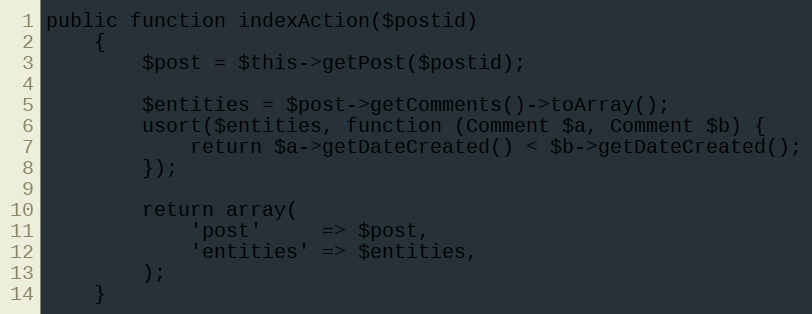
Language: PHP
public function indexAction($postid)
    {
        $post = $this->getPost($postid);

        $entities = $post->getComments()->toArray();
        usort($entities, function (Comment $a, Comment $b) {
            return $a->getDateCreated() < $b->getDateCreated();
        });

        return array(
            'post'     => $post,
            'entities' => $entities,
        );
    }